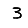
Digit: 3